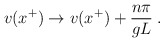
\begin{align*}v(x^+) \rightarrow v(x^+) + {{n\pi}\over{gL}}\;.\end{align*}